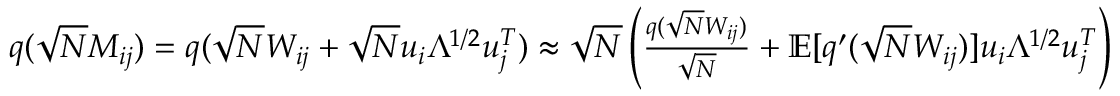
\begin{array} { r } { q ( \sqrt { N } M _ { i j } ) = q ( \sqrt { N } W _ { i j } + \sqrt { N } { \boldsymbol u } _ { i } \Lambda ^ { 1 / 2 } { \boldsymbol u } _ { j } ^ { T } ) \approx \sqrt { N } \left( \frac { q ( \sqrt { N } W _ { i j } ) } { \sqrt { N } } + \mathbb { E } [ q ^ { \prime } ( \sqrt { N } W _ { i j } ) ] { \boldsymbol u } _ { i } \Lambda ^ { 1 / 2 } { \boldsymbol u } _ { j } ^ { T } \right) } \end{array}